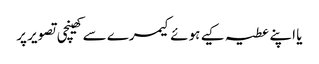
یا اپنے عطیہ کیے ہوئے کیمرے سے کھینچی تصویر پر